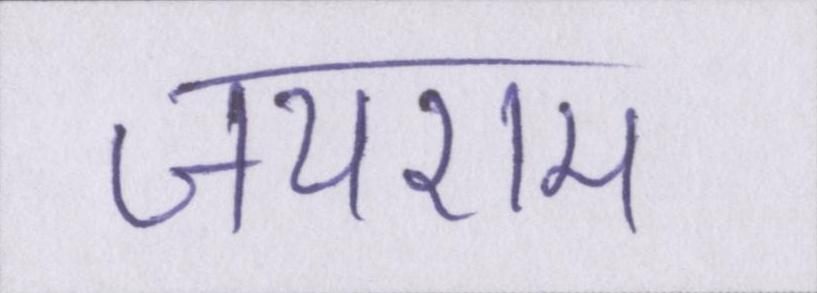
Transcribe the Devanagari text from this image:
जयराम